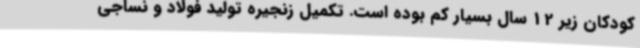
کودکان زیر 12 سال بسیار کم بوده است. تکمیل زنجیره تولید فولاد و نساجی